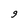
Character: 9